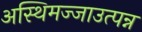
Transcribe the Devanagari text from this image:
अस्थिमज्जाउत्पन्न